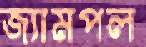
জ্যামপল